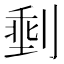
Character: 𪟏